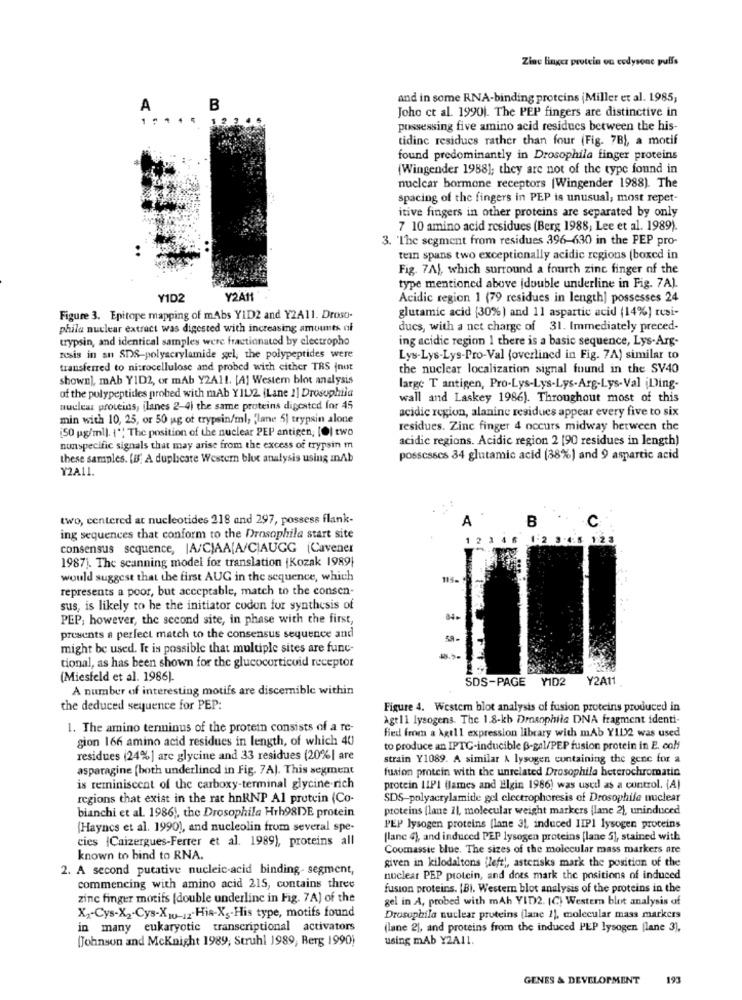
Zinc linger protein on codysonc puffs
and in some RNA-binding proteins (Miller et al. 1985,
A
B
....
12.205
Joho ct al. 1990). The PEP fingers are distinctive in
possessing five amino acid residues between the his-
tidinc residues rather than four (Fig. 7B), a motif
found predominantly in Drosophila finger proteins
(Wingender 1988]; they are not of the type found in
nuclear hormone receptors [Wingender 1988). The
spacing of the fingers in PEP is unusual; most repet-
itive fingers in other proteins are separated by only
7 10 amino acid residues (Berg 1988, Lee et al. 1989).
3. 'The segment from residues 396-630 in the PEP pro-
tein spans two exceptionally acidic regions (boxed in
Fig. 7AJ, which surround a fourth zinc finger of the
type mentioned above (double underline in Fig. 7A).
YID2
Y2A11
Acidic region 1 (79 residues in length] possesses 24
Figure 3. Epitope mapping of mAbs YID2 and Y2A11. Droso-
glutamic acid (30%) and 11 aspartic acid (14%] resi-
phila nuclear extract was digested with increasing amounts of
ducs, with a net charge of 31. Immediately preced-
trypsin, and identical samples were fractionated by electropho
ing acidic region 1 there is a basic sequence, Lys-Arg-
resis in an SDS-polyacrylamide gel, the polypeptides were
Lys-Lys-Lys-Pro-Val (overlined in Fig. 7A) similar to
transferred to nitrocellulose and probed with either TRS (not
the nuclear localization signal found in the SV40
shown], mAb YID2, or mAb Y2A11. [A] Western blot analysis
large T antigen, Pro-Lys-Lys-Lys-Arg-Lys-Val ¡Ding-
of the polypeptides probed with mAb YIL2 (Lane 1] Drosophila
wall and Laskey 1986). Throughout most of this
nuclear proteins, ilanes 2-4) the same proteins digested for 45
acidic region, alanine residues appear every five to six
min with 10, 25, or 50 jag of trypsin/ml; "lane 5] trypsin alone
[50 pg/ml). {"" The position of the nuclear PEP antigen, [O] two
residues. Zinc finger 4 occurs midway between the
acidic regions. Acidic region 2 [90 residues in length)
nunspecific signals that may arise from the excess of trypsin m
these samples. [B] A duplicate Western blot analysis using anAb
possesses 34 glutamic acid (38%) and 9 aspartic acid
Y2A11.
two, centered at nucleotides 218 and 297, possess flank-
A
B
C
ing sequences that conform to the Drosophila start site
consensus sequence, |A/C)AA(A/C)AUGG (Cavener
1987). The scanning model for translation |Kozak 1989}
would suggest that the first AUG in the sequence, which
114-
represents a poor, but acceptable, match to the consen-
sus, is likely to he the initiator codon for synthesis of
PEP, however, the second site, in phase with the first,
84-
presents a perfect match to the consensus sequence and
might be used. It is possible that multiple sites are func-
tional, as has been shown for the glucocorticoid receptor
(Miesfeld et al. 1986).
SDS-PAGE YID2
Y2A11
A number of interesting motifs are discernible within
the deduced sequence for PEP:
Figure 4. Westem blot analysis of fusion proteins produced in
Agt11 lysogens. The 1.8-kb Drosophila DNA fragment identi-
1. The amino terminus of the protein consists of a re-
fied from a Agt11 expression library with mAb Y112 was used
gion 166 amino acid residues in length, of which 40
to produce an IPTC-inducible B-gal/PEP fusion protein in E. coli
residues (24%] are glycine and 33 residues (20%| are
strain Y1089. A similar & lysogen containing the gene for a
asparagine [both underlined in Fig. 7A). This segment
fusion protein with the unrelated Drosophila heterochromatin
is reminiscent of the carboxy-terminal glycine-rich
protein 11PI flames and Elgin 1986) was used as a control. (A)
regions that exist in the rat hnRNP Al protein (Co-
SDS-polyacrylamide gel electrophoresis of Drosophile nuclear
bianchi et al. 1986), the Drosophila Hrh98DE protein
proteins (lane 11, molecular weight markers (lane 2), uninduced
(Hayncs et al. 1990), and nucleolin from several spe-
PEP lysogen proteins (lane 31, induced IIP1 lysogen proteins
cies {Caizergues-Ferrer et al. 1989), proteins all
[lane 4), and induced PEP lysogen proteins [lane 5), stained with
Coomassie blue. The sizes of the molecular mass markers are
known to bind to RNA.
given in kilodaltons (left', asterisks mark the position of the
2. A second putative nucleic acid binding- segment,
nuclear PEP protein, and does mark the positions of induced
commencing with amino acid 215, contains three
fusion proteins. [BI. Western blot analysis of the proteins in the
zinc finger motifs (double underline in Fig. 7A) of the
gel in A, probed with mAh VID2. (C) Western blot analysis of
X2-Cys-X2-Cys-X10-12-His-Xs-His type, motifs found
Drosophila nuclear proteins (lane 1), molecular mass markers
in many eukaryotic transcriptional activators
(lane 2), and proteins from the induced PEP lysogen [lane 3),
[Johnson and Mcknight 1989; Struhl 1989, Berg 1990)
using mAb Y2A11.
GENES & DEVELOPMENT
193